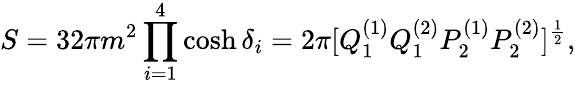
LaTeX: S=32\pi m^{2}\prod_{i=1}^{4}\cosh\delta_{i}=2\pi[Q_{1}^{(1)}Q_{1}^{(2)}P_{2}^{(1)}P_{2}^{(2)}]^{\frac{1}{2}},